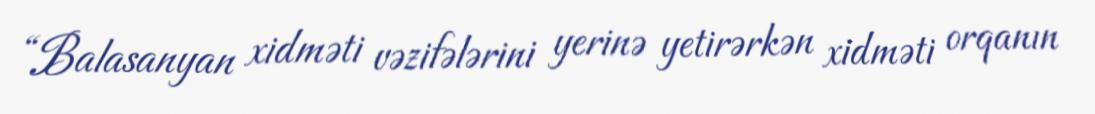
“Balasanyan xidməti vəzifələrini yerinə yetirərkən xidməti orqanın